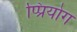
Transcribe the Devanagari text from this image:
प्प्रियोग